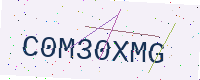
Text: C0M30XMG